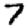
Digit: 7